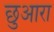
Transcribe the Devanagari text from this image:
छुआरा